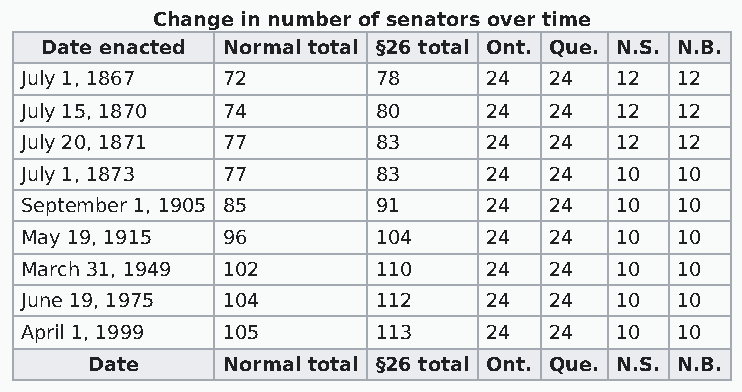
Change in number of senators over time
 Date enacted Normal total §26 total Ont. Que. N.S. N.B.
 July 1, 1867  72        78     24  24   12  12
 July 15, 1870 74        80     24  24   12  12
 July 20, 1871 77        83     24  24   12  12
 July 1, 1873  77        83     24  24   10  10
 September 1, 1905 85    91     24  24   10  10
 May 19, 1915  96        104    24  24   10  10
 March 31, 1949 102      110    24  24   10  10
 June 19, 1975 104       112    24  24   10  10
 April 1, 1999 105       113    24  24   10  10
 Date     Normal total §26 total Ont. Que. N.S. N.B.